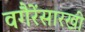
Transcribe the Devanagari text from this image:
वगैरेंसारखी